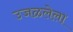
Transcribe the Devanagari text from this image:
उजळलेला